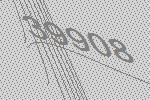
39908